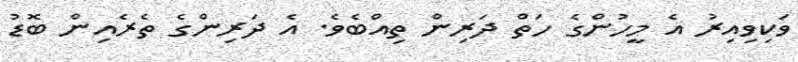
ވަކިވިއިރު އެ މީހުންގެ ހަތް ދަރިން ތިއްބެވެ. އެ ދަރިންގެ ތެރެއިން ބޮޑު